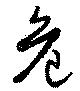
危